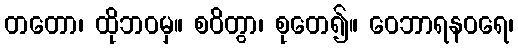
တတော၊ ထိုဘဝမှ။ စဝိတွာ၊ စုတေ၍။ ဝေဘာရနဝရေ၊